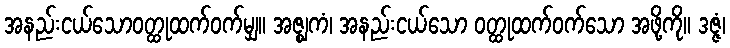
အနည်းငယ်သောဝတ္ထုထက်ဝက်မျှ။ အဇ္ဈကံ၊ အနည်းငယ်သော ဝတ္ထုထက်ဝက်သော အဖို့ကို။ ဒဇ္ဇံ၊